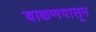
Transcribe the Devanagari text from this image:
वाकणपासून